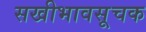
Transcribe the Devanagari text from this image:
सखीभावसूचक